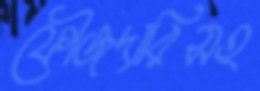
ফৌজদারিসহ